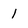
Character: 1